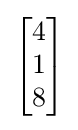
{\begin{bmatrix}4\\1\\8\end{bmatrix}}